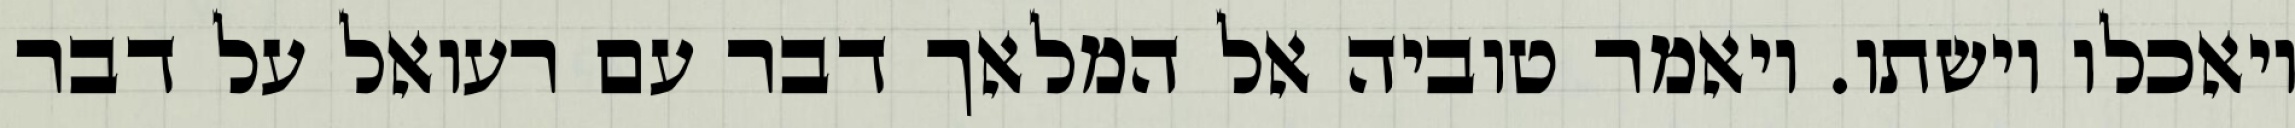
ויאכלו וישתו. ויאמר טוביה אל המלאך דבר עם רעואל על דבר